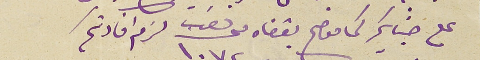
على جنابكم كما موضح بقفاه محرر ذهب ١٠٧٢٢ لزم افادتكم